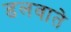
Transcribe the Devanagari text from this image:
डलवाते